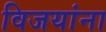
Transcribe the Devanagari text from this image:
विजयांना